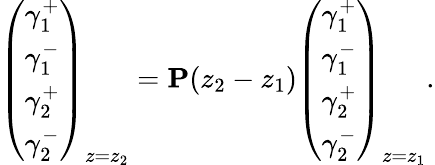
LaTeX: \left(\begin{array}{c}{\gamma_{1}^{+}}\\ {\gamma_{1}^{-}}\\ {\gamma_{2}^{+}}\\ {\gamma_{2}^{-}}\end{array}\right)_{z=z_{2}}=\mathbf{P}(z_{2}-z_{1})\left(\begin{array}{c}{\gamma_{1}^{+}}\\ {\gamma_{1}^{-}}\\ {\gamma_{2}^{+}}\\ {\gamma_{2}^{-}}\end{array}\right)_{z=z_{1}}.